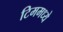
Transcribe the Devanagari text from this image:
टिममध्ये